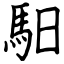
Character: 馹